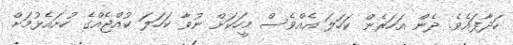
ހަދާފައެވެ. ދެން އަހަރެން ކަހަލަ އެއްވެސް މީހަކަށް ނުވާ ކަހަލަ ކުއްޖެއްގެ ހުށައެޅުމަށް